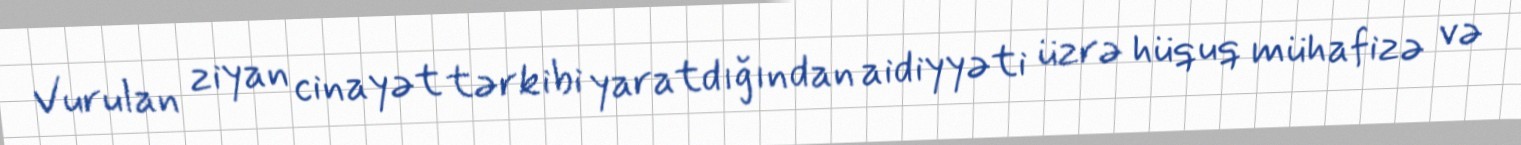
Vurulan ziyan cinayət tərkibi yaratdığından aidiyyəti üzrə hüquq mühafizə və